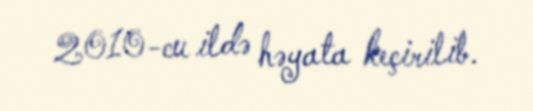
2010-cu ildə həyata keçirilib.